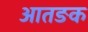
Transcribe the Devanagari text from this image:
आतङक